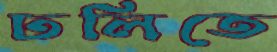
ঢলিতে